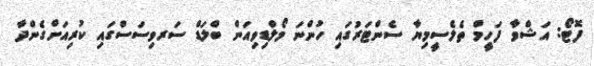
ފޮޓޯ: އަޝްވާ ފަހީމް ތެލެސީމިޔާ ސެންޓަރުގައި ހުންނަ މޯލްޑިވިއަން ބްލަޑް ސަރވިސަސްގައި ކުރިއަށްގެންދާ